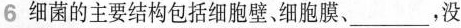
6 细菌的主要结构包括细胞壁、细胞膜，没